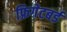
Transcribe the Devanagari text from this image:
फ्रिगेटबर्ड